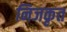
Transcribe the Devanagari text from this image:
निजकृत